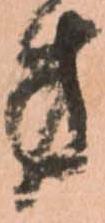
方